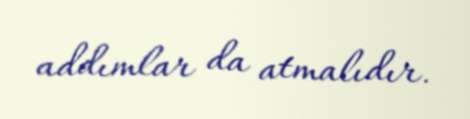
addımlar da atmalıdır.